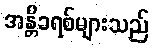
အန္တိခရစ်များသည်